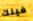
فينك